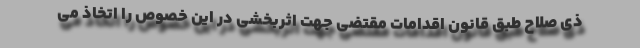
ذی صلاح طبق قانون اقدامات مقتضی جهت اثربخشی در این خصوص را اتخاذ می